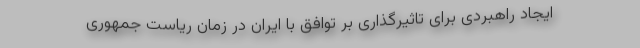
ایجاد راهبردی برای تاثیرگذاری بر توافق با ایران در زمان ریاست جمهوری